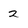
Character: 2